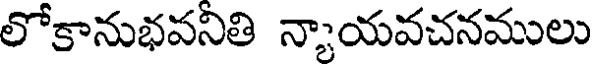
లోకానుభవనితి న్యాయవచనములు